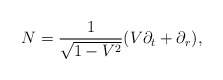
\begin{align*} N=\frac{1}{\sqrt{1-V^2}}(V\partial_t+\partial_r),\end{align*}